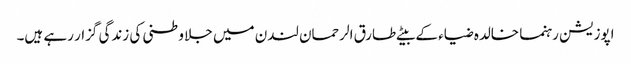
اپوزیشن رہنما خالدہ ضیاء کے بیٹے طارق الرحمان لندن میں جلا وطنی کی زندگی گزار رہے ہیں۔